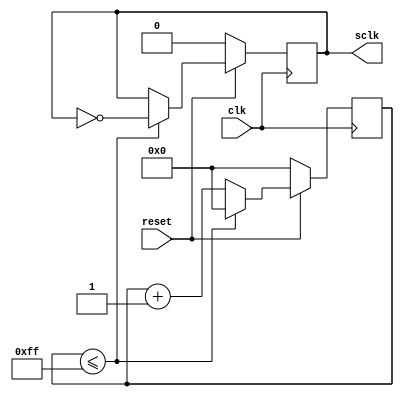
module divizor_06_05_2017(input clk,
					output reg sclk,
					input reset
					
);

reg [7:0] clk_div;

always@(posedge clk)
	 
	if(reset==0)
	begin
		sclk<=0;
		clk_div<=0;
		end
		 //ii dau un reset ca sa am valoarea initiala 
		 // in programul mare ii dau valoarea initiala cu cpol

else if(clk_div<=8'b11111111)
			begin
			sclk=~sclk;
			clk_div<=0;
			end
			else begin 
			 clk_div<=clk_div+1;
			 end
			

endmodule